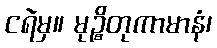
ငရဲမှ။ မုဉ္စိတုကာမာနံ၊